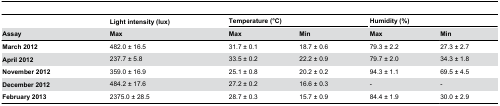
|  | Light intensity (lux) | <COLSPAN=2> Temperature (°C) | <COLSPAN=2> Humidity (%) |
 | Assay | Max | Max | Min | Max | Min |
 | --- | --- | --- | --- | --- | --- |
 | March 2012 | 482.0 ± 16.5 | 31.7 ± 0.1 | 18.7 ± 0.6 | 79.3 ± 2.2 | 27.3 ± 2.7 |
 | April 2012 | 237.7 ± 5.8 | 33.5 ± 0.2 | 22.2 ± 0.9 | 79.7 ± 2.0 | 34.3 ± 1.8 |
 | November 2012 | 359.0 ± 16.9 | 25.1 ± 0.8 | 20.2 ± 0.2 | 94.3 ± 1.1 | 69.5 ± 4.5 |
 | December 2012 | 484.2 ± 17.6 | 27.2 ± 0.2 | 16.6 ± 0.3 | - | - |
 | February 2013 | 2375.0 ± 28.5 | 28.7 ± 0.3 | 15.7 ± 0.9 | 84.4 ± 1.9 | 30.0 ± 2.9 |